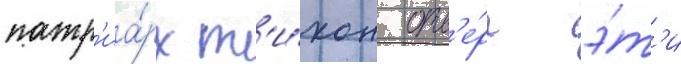
патр'иа́рх т'и́хон отв'е́рг э́т'и